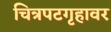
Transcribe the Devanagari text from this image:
चित्रपटगृहावर